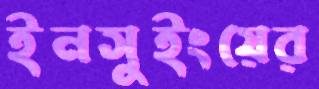
ইনসুইংয়ের